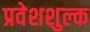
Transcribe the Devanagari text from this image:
प्रवेशशुल्क